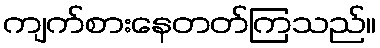
ကျက်စားနေတတ်ကြသည်။